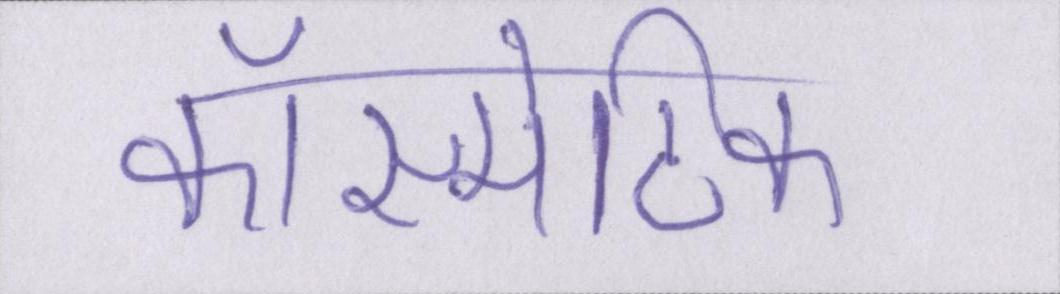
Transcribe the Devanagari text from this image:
कॉस्मेटिक